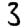
Digit: 3